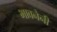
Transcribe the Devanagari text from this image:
भावनेनी